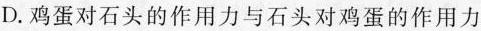
D.鸡蛋对石头的作用力与石头对鸡蛋的作用力